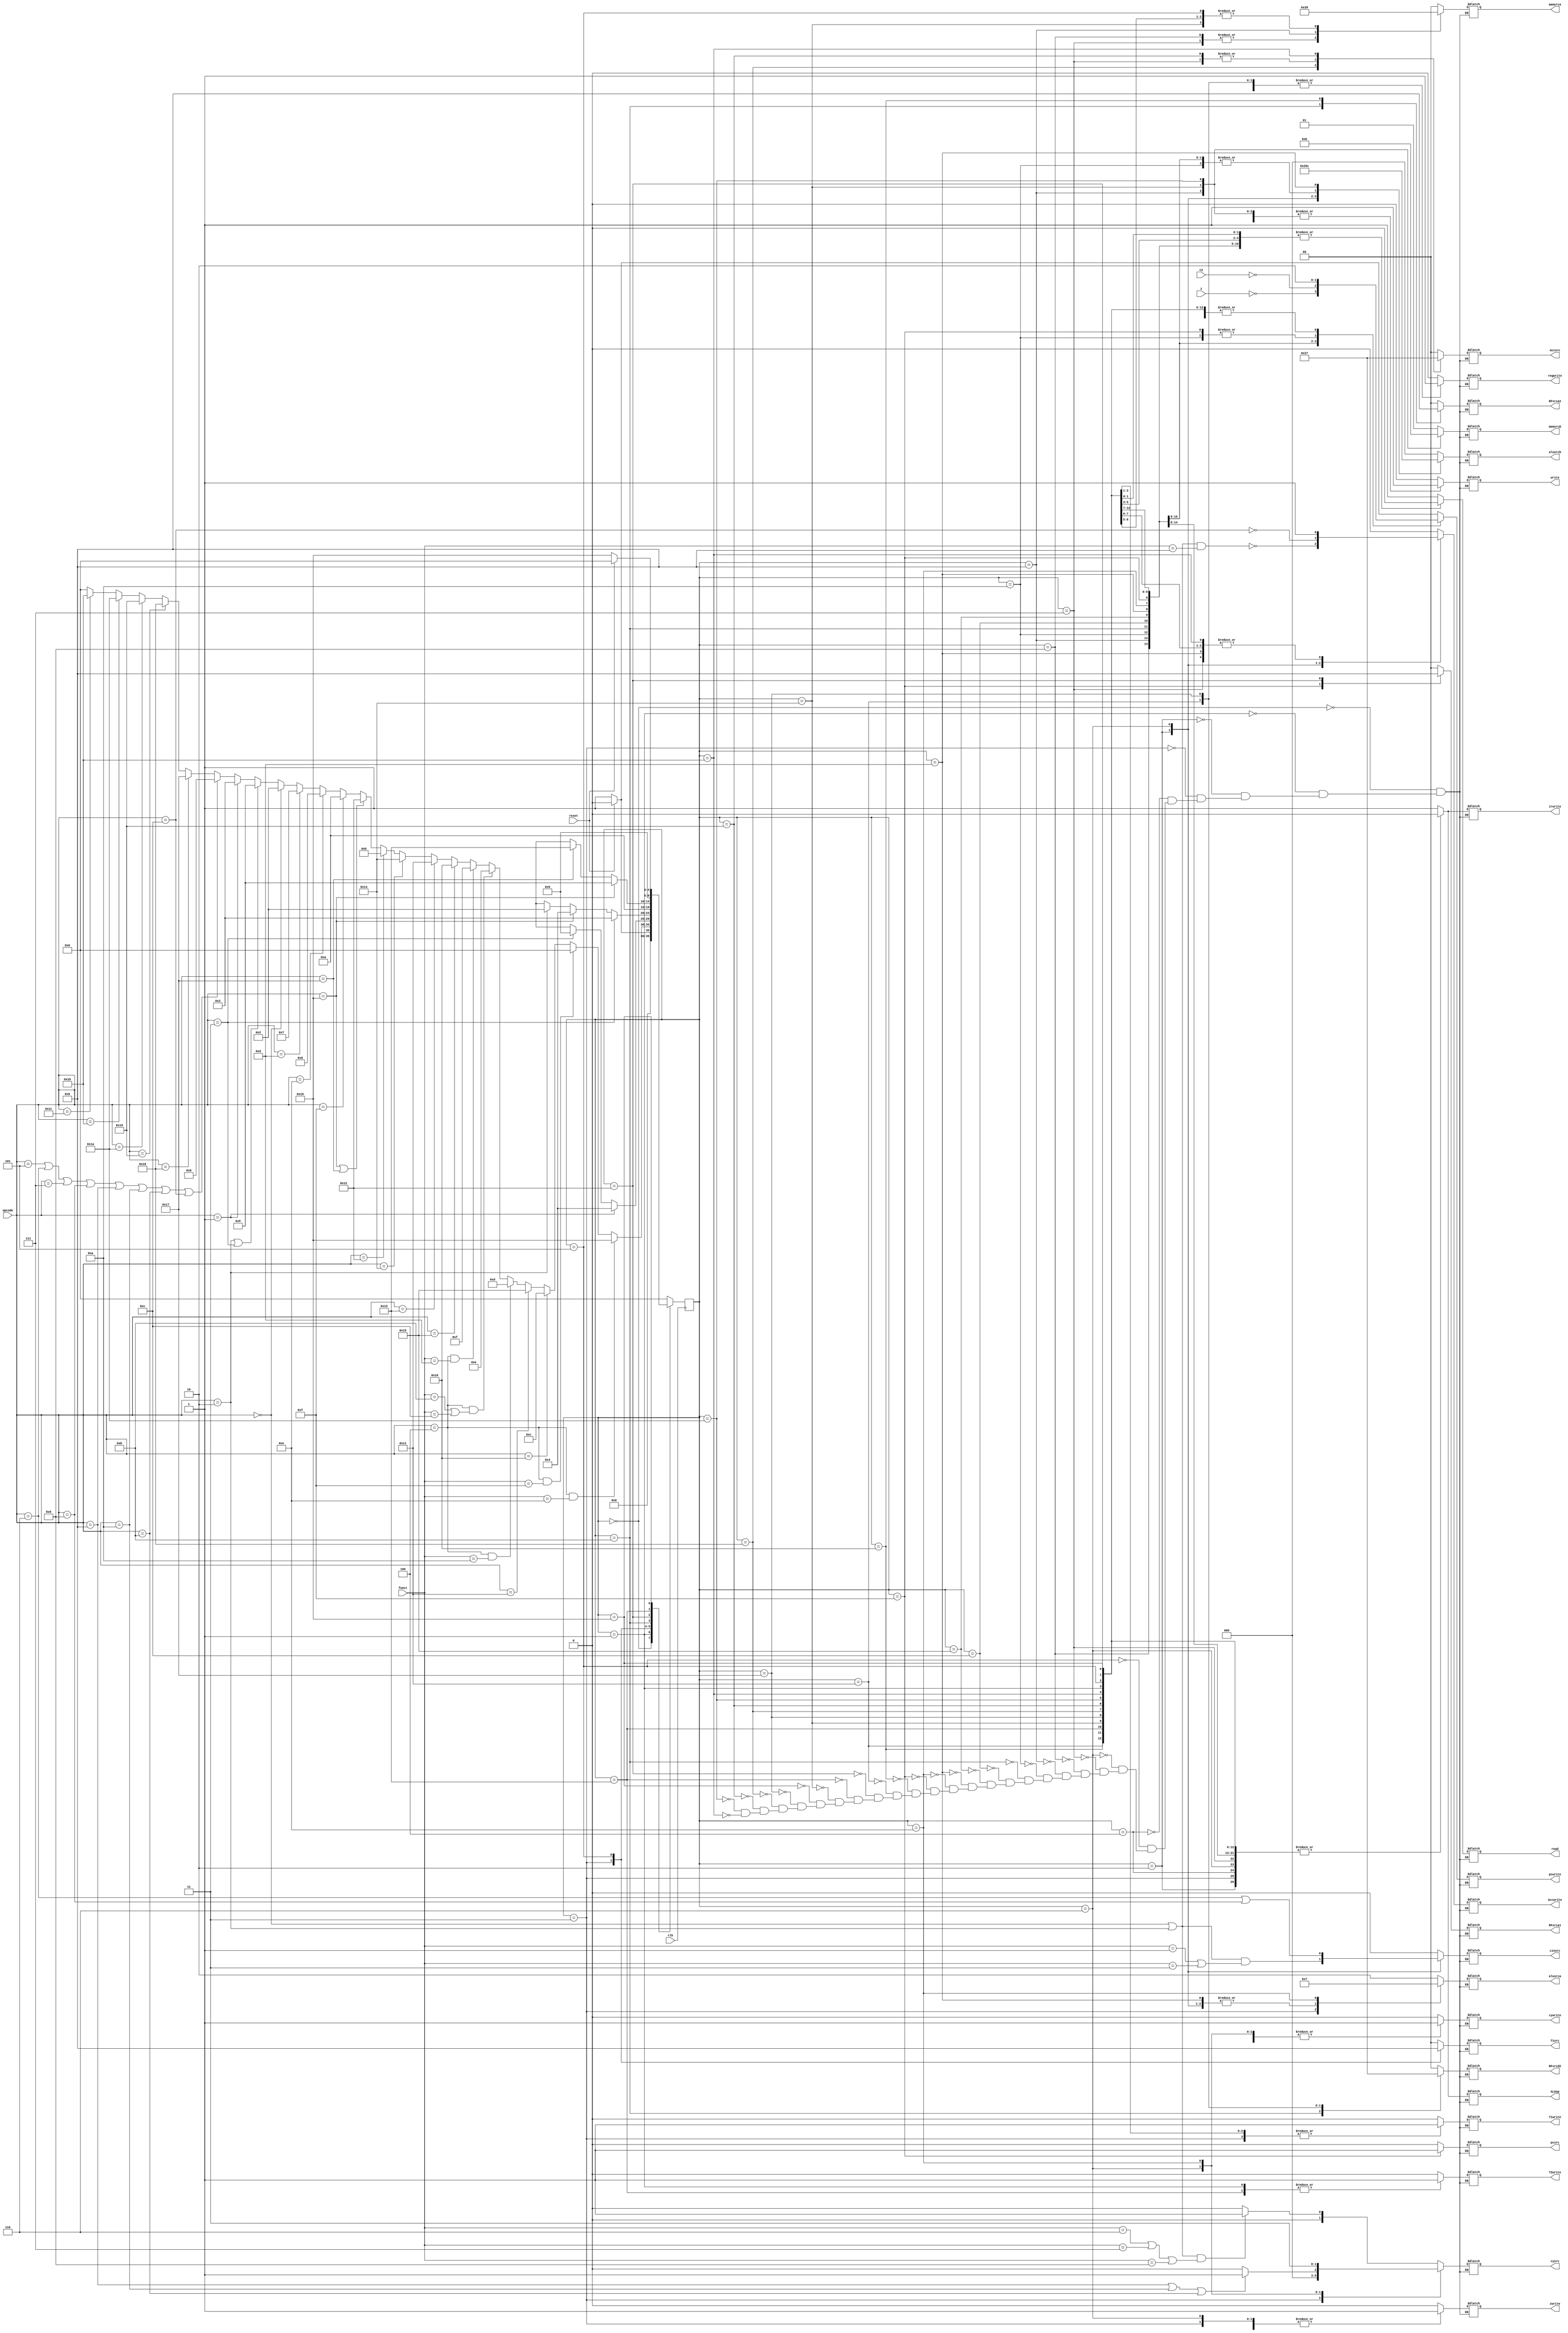
module controller_8085_multi(ALUop,clk,reset,z,cy,opcode,funct,pcwrite,T1write,T2write,Accwrite,irwrite,cywrite,zwrite,read,write,regwrite,cinsrc,pcsrc,Accsrc,memsrcA,memsrcD,RFsrca1,RFsrca2,RFsrcd2,T1src,alusrca,cysrc,alusrcb);
input clk;
input z,cy;
input reset;
input [4:0] opcode,funct;
output reg pcwrite,T1write,T2write,Accwrite,irwrite,cywrite,zwrite,read,write,regwrite,cinsrc,pcsrc,ALUop;
output reg [1:0] memsrcA,memsrcD,RFsrca1,RFsrca2,RFsrcd2,T1src,alusrca,cysrc,Accsrc;
output reg [2:0] alusrcb;

reg [4:0] state,next_state;
parameter S1=0,S19=1,S3=2,S6=3,S7=4,S10=5,S13=6,S15=7,S17=8,S22=9,S24=10,S25bar=11,S28=12,S28bar=21,S30=13,S32=14,S34=15,S37=16,S39=17,S41=18,S46=19,S50=20,HALT=22,S51=23,S52=24,S53=25,S54=26,S55=27;
always @(posedge clk)
begin
state<=next_state;
end

always @(*)
begin
case(state)

S1: begin

if(reset)
begin
next_state=S1;
pcwrite=1'b0;
end
else
begin
next_state=S19;
pcwrite=1'b1;
end

ALUop=1'b1;
pcsrc=1'b0;
memsrcA=2'b00;
memsrcD=2'bxx;
read=1'b1;
write=1'b0;
RFsrca1=2'bxx;
RFsrca2=2'bxx;
regwrite=1'b0;
T1src=2'bxx;
T1write=1'b0;
T2write=1'b0;
Accsrc=2'bxx;
alusrca=2'b10;
alusrcb=3'b000;
cysrc=2'bxx;
cywrite=1'b0;
zwrite=1'b0;
irwrite=1'b1;
RFsrcd2=2'bxx;
Accwrite=1'b0;
cinsrc=1'b0;

end
S19: begin

if((opcode==5'b00100)&&(funct==5'b01110))// halt
next_state=HALT;
else if((opcode==5'b00100)&&(funct==5'b01111))// nop
next_state=S1;
else if(opcode==5'b10000)// jnz
next_state=S28;
else if(opcode==5'b10001)// jnc
next_state=S28bar;
else if((opcode==5'b00100)&&(funct==5'b01010))// cma
next_state=S30;
else if((opcode==5'b00100)&&((funct==5'b01011)||(funct==5'b01100))) // cmc/stc
next_state=S32;
else if((opcode==5'b00100)&&(funct==5'b01101))// ret
next_state=S34;
else if(opcode==5'b10101)//movrr
next_state=S37;
else if(opcode==5'b10011)// mvir
next_state=S39;
else if(opcode==5'b10100)// mvim
next_state=S50;
else if(opcode==5'b10010)// call
next_state=S25bar;
else if((opcode==5'b10110)||(opcode==5'b10111))// movrm/movmr
next_state=S41;
else if(opcode==5'b01111)// jmp
next_state=S24;
else if(opcode==5'b01110)// sta
next_state=S17;
else if(opcode==5'b01101)// lda
next_state=S15;
else if(opcode==5'b00000)//reg_direct without inr/dcr
next_state=S3;
else if((opcode==5'b00010)||(opcode==5'b00011))// reg indirect total
next_state=S10;
else if(opcode==5'b00001)// reg direct inr/dcr only
next_state=S6;
else if((opcode==5'b00101)||(opcode==5'b00110)||(opcode==5'b00111)||(opcode==5'b01000)||(opcode==5'b01001)||(opcode==5'b01010)||(opcode==5'b01011)||(opcode==5'b01100))// immediate
next_state=S13;
else if(opcode==5'b11000)// movra
next_state=S51;
else if(opcode==5'b11001)// movar
next_state=S52;
else if(opcode==5'b11010)// movam
next_state=S53;
else if(opcode==5'b11011)// movma
next_state=S54;
else if(opcode==5'b11100)// mvia
next_state=S55;
else 
next_state=S1;


ALUop=1'b0;
pcwrite=1'b0;
pcsrc=1'bx;
memsrcA=2'bxx;
memsrcD=2'bxx;
read=1'b0;
write=1'b0;
RFsrca1=2'b00;
RFsrca2=2'bxx;
regwrite=1'b0;
T1src=2'b00;
T1write=1'b1;
T2write=1'b1;
Accsrc=2'bxx;
alusrca=2'bxx;
alusrcb=3'bxxx;
cysrc=2'bxx;
cywrite=1'b0;
zwrite=1'b0;
irwrite=1'b0;
RFsrcd2=2'bxx;
Accwrite=1'b0;
cinsrc=1'b0;

end

S3:begin

next_state=S1;

ALUop=1'b0;
pcwrite=1'b0;
pcsrc=1'bx;
memsrcA=2'bxx;
memsrcD=2'bxx;
read=1'b0;
write=1'b0;
RFsrca1=2'bxx;
RFsrca2=2'bxx;
regwrite=1'b0;
T1src=2'bxx;
T1write=1'b0;
T2write=1'b0;
Accsrc=2'b00;
alusrca=2'b01;
alusrcb=3'b001;
cysrc=(((opcode==5'b00000)||(opcode==5'b00010))&&((funct==5'b00110)||(funct==5'b00111)||(funct==5'b01000)))?2'b01:2'b00;//ANA,ORA,XRA cy reset to 0
cywrite=1'b1;
zwrite=1'b1;
irwrite=1'b0;
RFsrcd2=2'bxx;
Accwrite=~(((opcode==5'b00000)||(opcode==5'b00010))&&(funct==5'b01001));// cmp
cinsrc=(((opcode==5'b00000)||(opcode==5'b00010))&&((funct==5'b00001)||(funct==5'b00011)));//ADC/SBB

end

S6:begin
if(opcode==5'b00001) //RD_I/D
next_state=S7;
else if(opcode==5'b00011)//RI_I/D
next_state=S22;
else
next_state=5'bxxxxx;

ALUop=1'b0;
pcwrite=1'b0;
pcsrc=1'bx;
memsrcA=2'bxx;
memsrcD=2'bxx;
read=1'b0;
write=1'b0;
RFsrca1=2'bxx;
RFsrca2=2'bxx;
regwrite=1'b0;
T1src=2'b10;
T1write=1'b1;
T2write=1'b0;
Accsrc=2'bxx;
alusrca=2'b00;
alusrcb=3'b000;
cysrc=2'b00;
cywrite=1'b0;
zwrite=1'b1;
irwrite=1'b0;
RFsrcd2=2'bxx;
Accwrite=1'b0;
cinsrc=1'b0;
end

S7:begin
next_state=S1;

ALUop=1'b0;
pcwrite=1'b0;
pcsrc=1'bx;
memsrcA=2'bxx;
memsrcD=2'bxx;
read=1'b0;
write=1'b0;
RFsrca1=2'bxx;
RFsrca2=2'b00;
regwrite=1'b1;
T1src=2'bxx;
T1write=1'b0;
T2write=1'b0;
Accsrc=2'bxx;
alusrca=2'bxx;
alusrcb=3'bxxx;
cysrc=2'bxx;
cywrite=1'b0;
zwrite=1'b0;
irwrite=1'b0;
RFsrcd2=2'b00;
Accwrite=1'b0;
cinsrc=1'b0;
end

S10:begin
if(opcode==5'b00011)//RI_I/D
next_state=S6;
else if(opcode==5'b10110)//Movrm
next_state=S7;
else if(opcode==5'b00010)// reg indirect without inr/dcr
next_state=S3;
else
next_state=5'bxxxxx;

ALUop=1'b0;
pcwrite=1'b0;
pcsrc=1'bx;
memsrcA=2'b01;
memsrcD=2'bxx;
read=1'b1;
write=1'b0;
RFsrca1=2'bxx;
RFsrca2=2'bxx;
regwrite=1'b0;
T1src=2'b01;
T1write=1'b1;
T2write=1'b0;
Accsrc=2'bxx;
alusrca=2'bxx;
alusrcb=3'bxxx;
cysrc=2'bxx;
cywrite=1'b0;
zwrite=1'b0;
irwrite=1'b0;
RFsrcd2=2'bxx;
Accwrite=1'b0;
cinsrc=1'b0;
end

S13:begin
next_state=S1;

ALUop=1'b0;
pcwrite=1'b0;
pcsrc=1'bx;
memsrcA=2'bxx;
memsrcD=2'bxx;
read=1'b0;
write=1'b0;
RFsrca1=2'bxx;
RFsrca2=2'bxx;
regwrite=1'b0;
T1src=2'bxx;
T1write=1'b0;
T2write=1'b0;
Accsrc=2'b00;
alusrca=2'b01;
alusrcb=3'b010;
cysrc=((opcode==5'b01001)||(opcode==5'b01010)||(opcode==5'b01011))?2'b01:2'b00;//ani/ori/xri
cywrite=1'b1;
zwrite=1'b1;
irwrite=1'b0;
RFsrcd2=2'bxx;
Accwrite=~((opcode==5'b01100));//cpi
cinsrc=((opcode==5'b00110)||(opcode==5'b01000));// aci/sbi

end

S15: begin
next_state=S1;

ALUop=1'b0;
pcwrite=1'b0;
pcsrc=1'bx;
memsrcA=2'b11;
memsrcD=2'bxx;
read=1'b1;
write=1'b0;
RFsrca1=2'bxx;
RFsrca2=2'bxx;
regwrite=1'b0;
T1src=2'bxx;
T1write=1'b0;
T2write=1'b0;
Accsrc=2'b01;
alusrca=2'bxx;
alusrcb=3'bxxx;
cysrc=2'bxx;
cywrite=1'b0;
zwrite=1'b0;
irwrite=1'b0;
RFsrcd2=2'bxx;
Accwrite=1'b1;
cinsrc=1'b0;
end

S17: begin
next_state=S1;

ALUop=1'b0;
pcwrite=1'b0;
pcsrc=1'bx;
memsrcA=2'b11;
memsrcD=2'b01;
read=1'b0;
write=1'b1;
RFsrca1=2'bxx;
RFsrca2=2'bxx;
regwrite=1'b0;
T1src=2'bxx;
T1write=1'b0;
T2write=1'b0;
Accsrc=2'bxx;
alusrca=2'bxx;
alusrcb=3'bxxx;
cysrc=2'bxx;
cywrite=1'b0;
zwrite=1'b0;
irwrite=1'b0;
RFsrcd2=2'bxx;
Accwrite=1'b0;
cinsrc=1'b0;
end

S22: begin
next_state=S1;

ALUop=1'b0;
pcwrite=1'b0;
pcsrc=1'bx;
memsrcA=2'b10;
memsrcD=2'b00;
read=1'b0;
write=1'b1;
RFsrca1=2'bxx;
RFsrca2=2'bxx;
regwrite=1'b0;
T1src=2'bxx;
T1write=1'b0;
T2write=1'b0;
Accsrc=2'bxx;
alusrca=2'bxx;
alusrcb=3'bxxx;
cysrc=2'bxx;
cywrite=1'b0;
zwrite=1'b0;
irwrite=1'b0;
RFsrcd2=2'bxx;
Accwrite=1'b0;
cinsrc=1'b0;
end

S24: begin
next_state=S1;

ALUop=1'b0;
pcwrite=1'b1;
pcsrc=1'b0;
memsrcA=2'bxx;
memsrcD=2'bxx;
read=1'b0;
write=1'b0;
RFsrca1=2'bxx;
RFsrca2=2'bxx;
regwrite=1'b0;
T1src=2'bxx;
T1write=1'b0;
T2write=1'b0;
Accsrc=2'bxx;
alusrca=2'b10;
alusrcb=3'b011;
cysrc=2'bxx;
cywrite=1'b0;
zwrite=1'b0;
irwrite=1'b0;
RFsrcd2=2'bxx;
Accwrite=1'b0;
cinsrc=1'b0;
end

S25bar: begin
next_state=S24;

ALUop=1'b0;
pcwrite=1'b0;
pcsrc=1'bx;
memsrcA=2'bxx;
memsrcD=2'bxx;
read=1'b0;
write=1'b0;
RFsrca1=2'bxx;
RFsrca2=2'b10;
regwrite=1'b1;
T1src=2'bxx;
T1write=1'b0;
T2write=1'b0;
Accsrc=2'bxx;
alusrca=2'bxx;
alusrcb=3'bxxx;
cysrc=2'bxx;
cywrite=1'b0;
zwrite=1'b0;
irwrite=1'b0;
RFsrcd2=2'b10;
Accwrite=1'b0;
cinsrc=1'b0;
end

S28: begin
next_state=S1;

ALUop=1'b0;
pcwrite=~z;
pcsrc=1'b0;
memsrcA=2'bxx;
memsrcD=2'bxx;
read=1'b0;
write=1'b0;
RFsrca1=2'bxx;
RFsrca2=2'bxx;
regwrite=1'b0;
T1src=2'bxx;
T1write=1'b0;
T2write=1'b0;
Accsrc=2'bxx;
alusrca=2'b10;
alusrcb=3'b011;
cysrc=2'bxx;
cywrite=1'b0;
zwrite=1'b0;
irwrite=1'b0;
RFsrcd2=2'bxx;
Accwrite=1'b0;
cinsrc=1'b0;
end

S28bar: begin
next_state=S1;

ALUop=1'b0;
pcwrite=~cy;
pcsrc=1'b0;
memsrcA=2'bxx;
memsrcD=2'bxx;
read=1'b0;
write=1'b0;
RFsrca1=2'bxx;
RFsrca2=2'bxx;
regwrite=1'b0;
T1src=2'bxx;
T1write=1'b0;
T2write=1'b0;
Accsrc=2'bxx;
alusrca=2'b10;
alusrcb=3'b011;
cysrc=2'bxx;
cywrite=1'b0;
zwrite=1'b0;
irwrite=1'b0;
RFsrcd2=2'bxx;
Accwrite=1'b0;
cinsrc=1'b0;
end

S30: begin
next_state=S1;

ALUop=1'b0;
pcwrite=1'b0;
pcsrc=1'bx;
memsrcA=2'bxx;
memsrcD=2'bxx;
read=1'b0;
write=1'b0;
RFsrca1=2'bxx;
RFsrca2=2'bxx;
regwrite=1'b0;
T1src=2'bxx;
T1write=1'b0;
T2write=1'b0;
Accsrc=2'b00;
alusrca=2'b01;
alusrcb=3'b100;
cysrc=2'bxx;
cywrite=1'b0;
zwrite=1'b0;
irwrite=1'b0;
RFsrcd2=2'bxx;
Accwrite=1'b1;
cinsrc=1'b0;
end

S32: begin
next_state=S1;

ALUop=1'b0;
pcwrite=1'b0;
pcsrc=1'bx;
memsrcA=2'bxx;
memsrcD=2'bxx;
read=1'b0;
write=1'b0;
RFsrca1=2'bxx;
RFsrca2=2'bxx;
regwrite=1'b0;
T1src=2'bxx;
T1write=1'b0;
T2write=1'b0;
Accsrc=2'bxx;
alusrca=2'b11;
alusrcb=3'b000;
cysrc=2'b11;
cywrite=1'b1;
zwrite=1'b0;
irwrite=1'b0;
RFsrcd2=2'bxx;
Accwrite=1'b0;
cinsrc=1'b0;
end

S34: begin
next_state=S1;

ALUop=1'b0;
pcwrite=1'b1;
pcsrc=1'b1;
memsrcA=2'bxx;
memsrcD=2'bxx;
read=1'b0;
write=1'b0;
RFsrca1=2'b10;
RFsrca2=2'bxx;
regwrite=1'b0;
T1src=2'bxx;
T1write=1'b0;
T2write=1'b0;
Accsrc=2'bxx;
alusrca=2'bxx;
alusrcb=3'bxxx;
cysrc=2'bxx;
cywrite=1'b0;
zwrite=1'b0;
irwrite=1'b0;
RFsrcd2=2'bxx;
Accwrite=1'b0;
cinsrc=1'b0;
end

S37: begin
next_state=S1;

ALUop=1'b0;
pcwrite=1'b0;
pcsrc=1'bx;
memsrcA=2'bxx;
memsrcD=2'bxx;
read=1'b0;
write=1'b0;
RFsrca1=2'bxx;
RFsrca2=2'b01;
regwrite=1'b1;
T1src=2'bxx;
T1write=1'b0;
T2write=1'b0;
Accsrc=2'bxx;
alusrca=2'bxx;
alusrcb=3'bxxx;
cysrc=2'bxx;
cywrite=1'b0;
zwrite=1'b0;
irwrite=1'b0;
RFsrcd2=2'b00;
Accwrite=1'b0;
cinsrc=1'b0;
end

S39: begin
next_state=S1;

ALUop=1'b0;
pcwrite=1'b0;
pcsrc=1'bx;
memsrcA=2'bxx;
memsrcD=2'bxx;
read=1'b0;
write=1'b0;
RFsrca1=2'bxx;
RFsrca2=2'b00;
regwrite=1'b1;
T1src=2'bxx;
T1write=1'b0;
T2write=1'b0;
Accsrc=2'bxx;
alusrca=2'bxx;
alusrcb=3'bxxx;
cysrc=2'bxx;
cywrite=1'b0;
zwrite=1'b0;
irwrite=1'b0;
RFsrcd2=2'b01;
Accwrite=1'b0;
cinsrc=1'b0;
end

S41: begin
if(opcode==5'b10110)// movrm
next_state=S10;
else if(opcode==5'b10111)// movmr
next_state=S46;
else
next_state=5'bxxxxx;

ALUop=1'b0;
pcwrite=1'b0;
pcsrc=1'bx;
memsrcA=2'bxx;
memsrcD=2'bxx;
read=1'b0;
write=1'b0;
RFsrca1=2'b01;
RFsrca2=2'bxx;
regwrite=1'b0;
T1src=2'b00;
T1write=1'b1;
T2write=1'b0;
Accsrc=2'bxx;
alusrca=2'bxx;
alusrcb=3'bxxx;
cysrc=2'bxx;
cywrite=1'b0;
zwrite=1'b0;
irwrite=1'b0;
RFsrcd2=2'bxx;
Accwrite=1'b0;
cinsrc=1'b0;
end

S46: begin
next_state=S22;

ALUop=1'b0;
pcwrite=1'b0;
pcsrc=1'bx;
memsrcA=2'bxx;
memsrcD=2'bxx;
read=1'b0;
write=1'b0;
RFsrca1=2'b00;
RFsrca2=2'bxx;
regwrite=1'b0;
T1src=2'bxx;
T1write=1'b0;
T2write=1'b1;
Accsrc=2'bxx;
alusrca=2'bxx;
alusrcb=3'bxxx;
cysrc=2'bxx;
cywrite=1'b0;
zwrite=1'b0;
irwrite=1'b0;
RFsrcd2=2'bxx;
Accwrite=1'b0;
cinsrc=1'b0;
end

S50: begin
next_state=S1;

ALUop=1'b0;
pcwrite=1'b0;
pcsrc=1'bx;
memsrcA=2'b01;
memsrcD=2'b10;
read=1'b0;
write=1'b1;
RFsrca1=2'bxx;
RFsrca2=2'bxx;
regwrite=1'b0;
T1src=2'bxx;
T1write=1'b0;
T2write=1'b0;
Accsrc=2'bxx;
alusrca=2'bxx;
alusrcb=3'bxxx;
cysrc=2'bxx;
cywrite=1'b0;
zwrite=1'b0;
irwrite=1'b0;
RFsrcd2=2'bxx;
Accwrite=1'b0;
cinsrc=1'b0;
end

HALT: begin
if(reset)
next_state=S1;
else
next_state=HALT;

ALUop=1'b0;
pcwrite=1'b0;
pcsrc=1'bx;
memsrcA=2'bxx;
memsrcD=2'bxx;
read=1'b0;
write=1'b0;
RFsrca1=2'bxx;
RFsrca2=2'b00;
regwrite=1'b0;
T1src=2'bxx;
T1write=1'b0;
T2write=1'b0;
Accsrc=2'bxx;
alusrca=2'bxx;
alusrcb=3'bxxx;
cysrc=2'bxx;
cywrite=1'b0;
zwrite=1'b0;
irwrite=1'b0;
RFsrcd2=2'b00;
Accwrite=1'b0;
cinsrc=1'b0;
end
S51: begin
next_state=S1;

ALUop=1'b0;
pcwrite=1'b0;
pcsrc=1'bx;
memsrcA=2'bxx;
memsrcD=2'bxx;
read=1'b0;
write=1'b0;
RFsrca1=2'bxx;
RFsrca2=2'b00;
regwrite=1'b1;
T1src=2'bxx;
T1write=1'b0;
T2write=1'b0;
Accsrc=2'bxx;
alusrca=2'bxx;
alusrcb=3'bxxx;
cysrc=2'bxx;
cywrite=1'b0;
zwrite=1'b0;
irwrite=1'b0;
RFsrcd2=2'b11;
Accwrite=1'b0;
cinsrc=1'b0;
end

S52: begin
next_state=S1;

ALUop=1'b0;
pcwrite=1'b0;
pcsrc=1'bx;
memsrcA=2'bxx;
memsrcD=2'bxx;
read=1'b0;
write=1'b0;
RFsrca1=2'b00;
RFsrca2=2'bxx;
regwrite=1'b0;
T1src=2'bxx;
T1write=1'b0;
T2write=1'b0;
Accsrc=2'b10;
alusrca=2'bxx;
alusrcb=3'bxxx;
cysrc=2'bxx;
cywrite=1'b0;
zwrite=1'b0;
irwrite=1'b0;
RFsrcd2=2'bxx;
Accwrite=1'b1;
cinsrc=1'b0;
end

S53: begin
next_state=S1;

ALUop=1'b0;
pcwrite=1'b0;
pcsrc=1'bx;
memsrcA=2'b01;
memsrcD=2'bxx;
read=1'b1;
write=1'b0;
RFsrca1=2'bxx;
RFsrca2=2'bxx;
regwrite=1'b0;
T1src=2'bxx;
T1write=1'b0;
T2write=1'b0;
Accsrc=2'b01;
alusrca=2'bxx;
alusrcb=3'bxxx;
cysrc=2'bxx;
cywrite=1'b0;
zwrite=1'b0;
irwrite=1'b0;
RFsrcd2=2'bxx;
Accwrite=1'b1;
cinsrc=1'b0;

end

S54: begin
next_state=S1;

ALUop=1'b0;
pcwrite=1'b0;
pcsrc=1'bx;
memsrcA=2'b01;
memsrcD=2'b11;
read=1'b0;
write=1'b1;
RFsrca1=2'bxx;
RFsrca2=2'bxx;
regwrite=1'b0;
T1src=2'bxx;
T1write=1'b0;
T2write=1'b0;
Accsrc=2'bxx;
alusrca=2'bxx;
alusrcb=3'bxxx;
cysrc=2'bxx;
cywrite=1'b0;
zwrite=1'b0;
irwrite=1'b0;
RFsrcd2=2'bxx;
Accwrite=1'b0;
cinsrc=1'b0;
end

S55: begin
next_state=S1;

ALUop=1'b0;
pcwrite=1'b0;
pcsrc=1'bx;
memsrcA=2'bxx;
memsrcD=2'bxx;
read=1'b0;
write=1'b0;
RFsrca1=2'bxx;
RFsrca2=2'bxx;
regwrite=1'b0;
T1src=2'bxx;
T1write=1'b0;
T2write=1'b0;
Accsrc=2'b11;
alusrca=2'bxx;
alusrcb=3'bxxx;
cysrc=2'bxx;
cywrite=1'b0;
zwrite=1'b0;
irwrite=1'b0;
RFsrcd2=2'bxx;
Accwrite=1'b1;
cinsrc=1'b0;
end
default: begin
next_state=S1;
end
endcase
end

endmodule